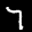
Label: 7